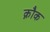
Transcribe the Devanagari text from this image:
क्नौक